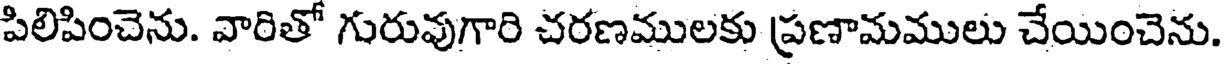
పిలిపించెను. వారితో గురువుగారి చరణములకు ప్రణామములు చేయించెను.